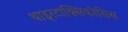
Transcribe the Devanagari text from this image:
थाइरटाक्सिकोसिस